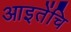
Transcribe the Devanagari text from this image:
आइतेंचि